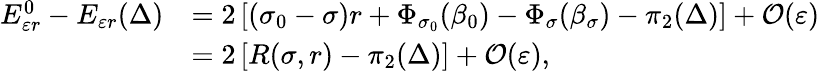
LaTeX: \begin{array}{rl}{E_{\varepsilon r}^{0}-E_{\varepsilon r}(\Delta)}&{=2\left[(\sigma_{0}-\sigma)r+\Phi_{\sigma_{0}}(\beta_{0})-\Phi_{\sigma}(\beta_{\sigma})-\pi_{2}(\Delta)\right]+\mathcal{O}(\varepsilon)}\\ &{=2\left[R(\sigma,r)-\pi_{2}(\Delta)\right]+\mathcal{O}(\varepsilon),}\end{array}